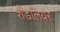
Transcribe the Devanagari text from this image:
शैंडलियर